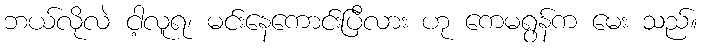
ဘယ်လိုလဲ ငါ့လူရ၊ မင်းနေကောင်းပြီလား ဟု ကေမရွန်က မေး သည်။